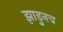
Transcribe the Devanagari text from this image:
झाडुनच